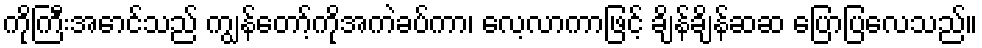
ကိုကြီးအောင်သည် ကျွန်တော့်ကိုအကဲခပ်ကာ၊ လေ့လာကာဖြင့် ချိန်ချိန်ဆဆ ပြောပြလေသည်။